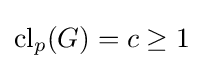
\mathrm {cl} _{p}(G)=c\geq 1